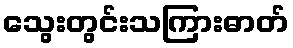
သွေးတွင်းသကြားဓာတ်